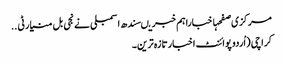
مرکزی صفحہاخباراہم خبریںسندھ اسمبلی نے نجی بل منیارٹی ..
کراچی (اُردو پوائنٹ اخبارتازہ ترین۔